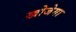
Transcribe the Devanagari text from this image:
खोजेगा